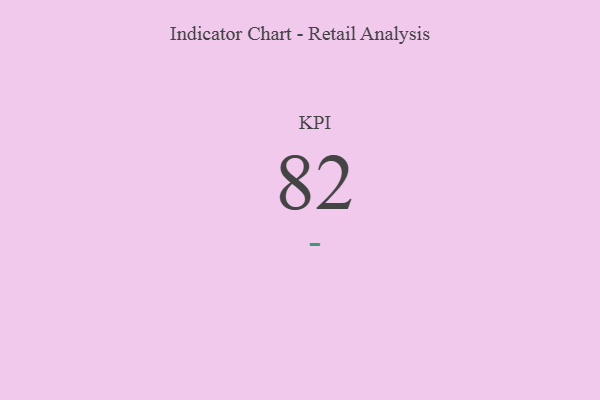
{"axis": {"x": "KPI", "y": "Value"}, "legend": [""], "data": [{"x": "KPI", "y": 82, "type": ""}]}